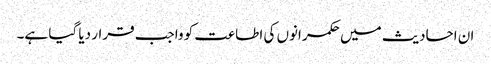
ان احادیث میں حکمرانوں کی اطاعت کو واجب قرار دیا گیا ہے۔